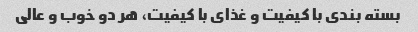
بسته بندی با کیفیت و غذای با کیفیت، هر دو خوب و عالی